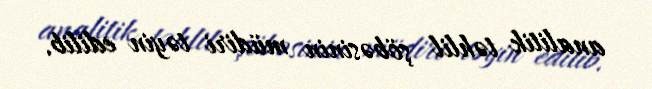
analitik təhlil şöbəsinin müdiri təyin edilib.